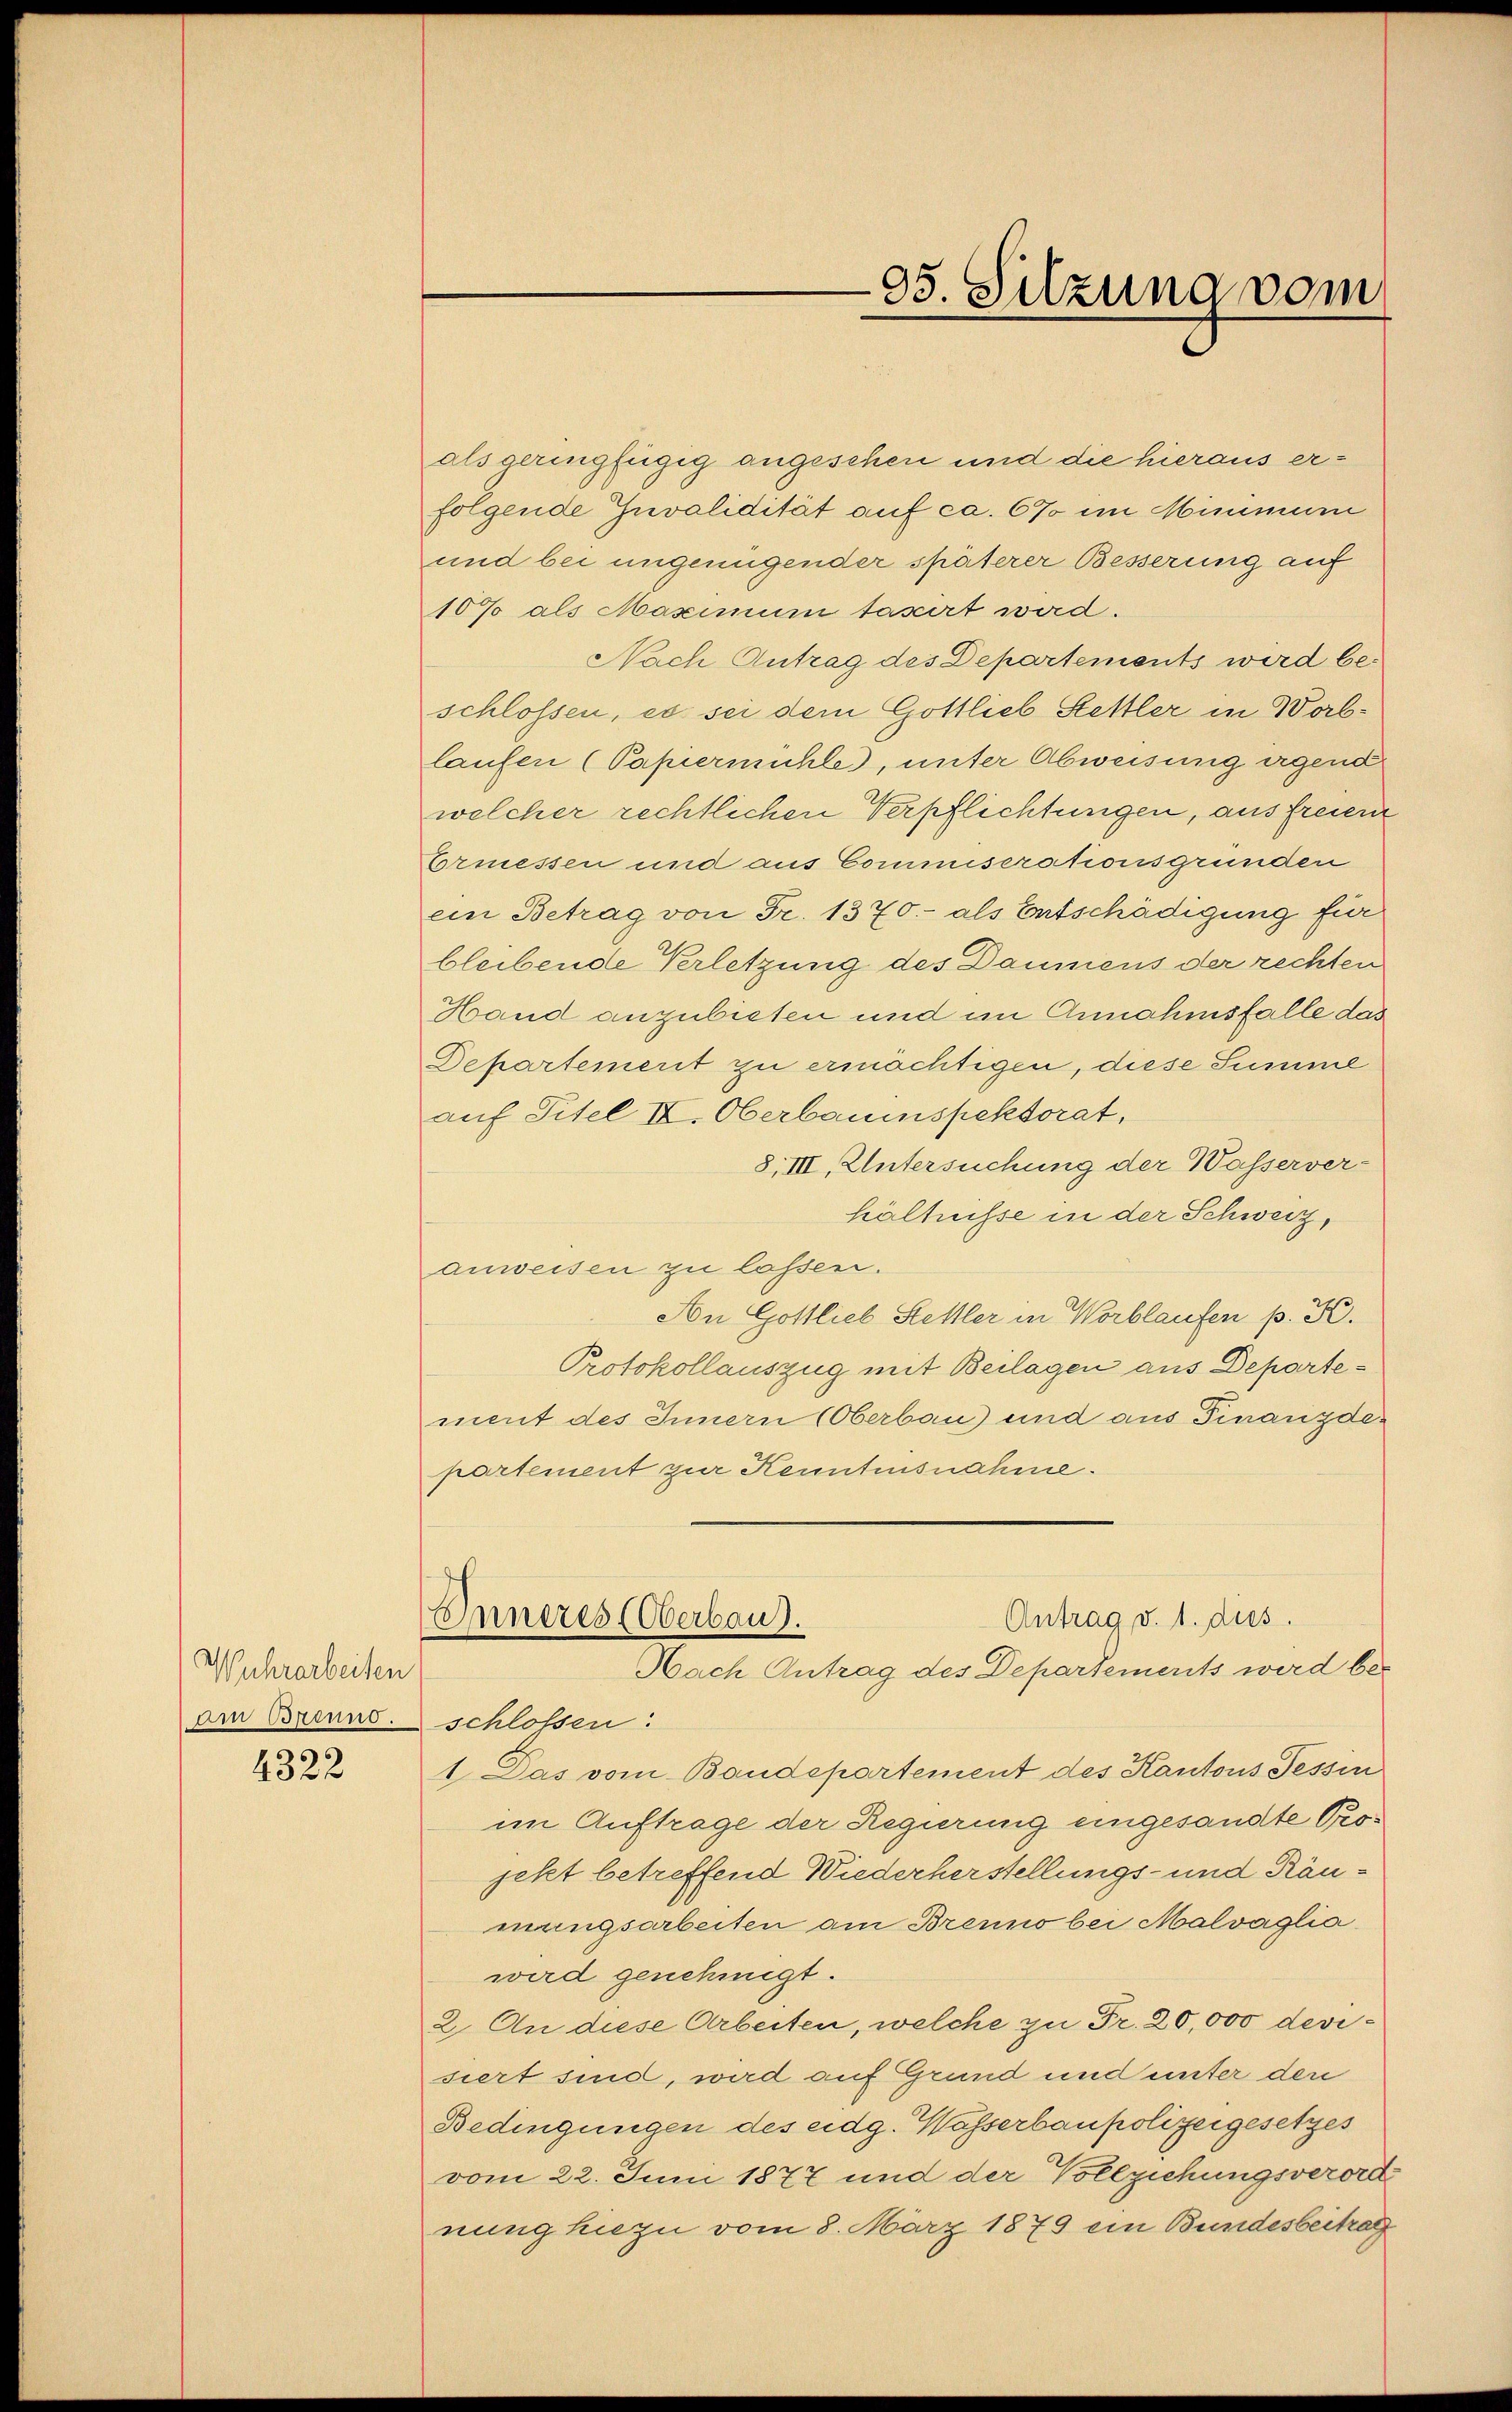
Wuhrarbeiten
ain Pfinno.

4322

als geringfügig angesehen und die hieraus erfolgende Invalidität auf ca. 67 im Mimmuni
und bei ungenügender späterer Besserung auf
10% als Maximum taxirt werd.
Nach Antrag des Departements wird beschlossen, es sei dem Gottlieb Stettler in Worblaufen (Papiermühle, unter Abweisung irgend
welcher rechtlichen Verpflichtungen, aus freien
Ermessen und aus Commiserationsgrunden
ein Betrag von Fr. 1370.- als Entschädigung für
bleibende Verletzung des Daumens der rechten
Hand anzubieten und im Annahmsfalle das
Departement zu ermächtigen, diese Summe
auf Titel IV. Oberbauinspektorat,
8,III, Untersuchung der Wasserver-
hältnisse in der Schweiz,
anweisen zu lassen.
Aon Gottlieb Hettler in Worblaufen p. K.
Protokollauszug mit Beilagen aus Departement des Innern (Oberbau) und aus Finanzde
partement zur Kenntensnahme.
Antrag v. 1. dus.
Inneres (Oberbaus.
Nach Antrag des Departements wird be-
schlossen:
1. Das vom Baudepartement des Kantons Tessin
im Auftrage der Regierung eingesandte Projekt betreffend Wiederherstellungs- und Ränmungsarbeiten am Brenno bei Malvaglia
wird genehmigt.
2. An diese Arbeiten, welche zu Fr. 20,000 devisiert sind, wird auf Grund und unter den
Bedingungen des eidg. Wasserbaupolizeigesetzes
vom 22. Juni 1877 und der Vollziehungsverorde
nung hiezu vom 8. März 1879 ein Bundesbeitrag

35. Sitzung vom